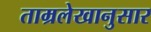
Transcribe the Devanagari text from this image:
ताम्रलेखानुसार